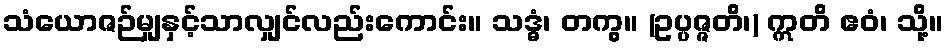
သံယောဇဉ်မျှနှင့်သာလျှင်လည်းကောင်း။ သဒ္ဓံ၊ တကွ။ (ဥပ္ပဇ္ဇတိ၊) ဣတိ ဧဝံ၊ သို့။